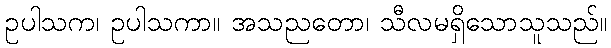
ဥပါသက၊ ဥပါသကာ။ အသညတော၊ သီလမရှိသောသူသည်။